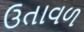
ઉતાવળ